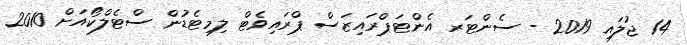
14 ޖުލައި 2019 - ސެންޓަރ އެންޓަޕްރައިޒަސް ޕްރައިވެޓް ލިމިޓެޑުން ސްޓެލްކޯއަށް 2010